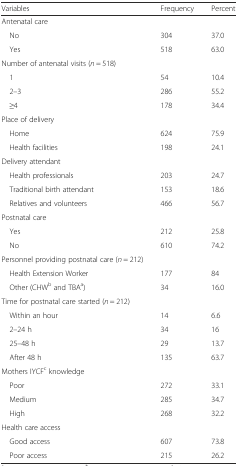
<table><thead><tr><td><b>Variables</b></td><td><b>Frequency</b></td><td><b>Percent</b></td></tr></thead><tbody><tr><td>Antenatal care</td><td></td><td></td></tr><tr><td> No</td><td>304</td><td>37.0</td></tr><tr><td> Yes</td><td>518</td><td>63.0</td></tr><tr><td>Number of antenatal visits (<i>n</i> = 518)</td><td></td><td></td></tr><tr><td> 1</td><td>54</td><td>10.4</td></tr><tr><td> 2–3</td><td>286</td><td>55.2</td></tr><tr><td> ≥4</td><td>178</td><td>34.4</td></tr><tr><td>Place of delivery</td><td></td><td></td></tr><tr><td> Home</td><td>624</td><td>75.9</td></tr><tr><td> Health facilities</td><td>198</td><td>24.1</td></tr><tr><td>Delivery attendant</td><td></td><td></td></tr><tr><td> Health professionals</td><td>203</td><td>24.7</td></tr><tr><td> Traditional birth attendant</td><td>153</td><td>18.6</td></tr><tr><td> Relatives and volunteers</td><td>466</td><td>56.7</td></tr><tr><td>Postnatal care</td><td></td><td></td></tr><tr><td> Yes</td><td>212</td><td>25.8</td></tr><tr><td> No</td><td>610</td><td>74.2</td></tr><tr><td>Personnel providing postnatal care (<i>n</i> = 212)</td><td></td><td></td></tr><tr><td> Health Extension Worker</td><td>177</td><td>84</td></tr><tr><td> Other (CHW<sup>b</sup> and TBA<sup>a</sup>)</td><td>34</td><td>16.0</td></tr><tr><td>Time for postnatal care started (<i>n</i> = 212)</td><td></td><td></td></tr><tr><td> Within an hour</td><td>14</td><td>6.6</td></tr><tr><td> 2–24 h</td><td>34</td><td>16</td></tr><tr><td> 25–48 h</td><td>29</td><td>13.7</td></tr><tr><td> After 48 h</td><td>135</td><td>63.7</td></tr><tr><td>Mothers IYCF<sup>c</sup> knowledge</td><td></td><td></td></tr><tr><td> Poor</td><td>272</td><td>33.1</td></tr><tr><td> Medium</td><td>285</td><td>34.7</td></tr><tr><td> High</td><td>268</td><td>32.2</td></tr><tr><td>Health care access</td><td></td><td></td></tr><tr><td> Good access</td><td>607</td><td>73.8</td></tr><tr><td> Poor access</td><td>215</td><td>26.2</td></tr></tbody></table>